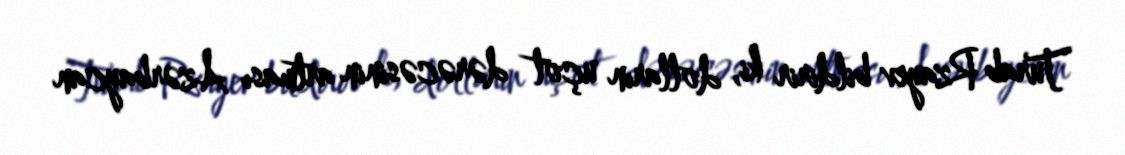
Turab Rzayev bildirir ki, dolların uçot dərəcəsinin artması Azərbaycan